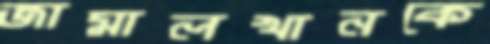
জামালখানকে